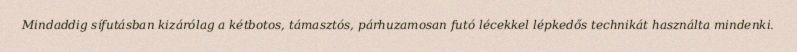
Mindaddig sífutásban kizárólag a kétbotos, támasztós, párhuzamosan futó lécekkel lépkedős technikát használta mindenki.